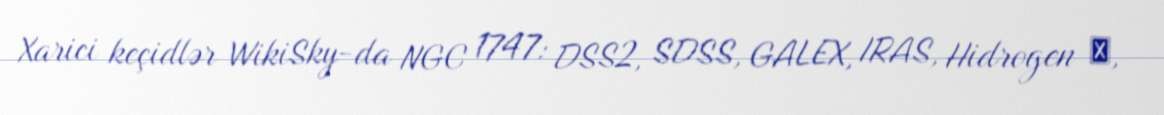
Xarici keçidlər WikiSky-da NGC 1747: DSS2, SDSS, GALEX, IRAS, Hidrogen α,